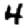
Digit: 4